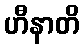
ဟီနာတိ